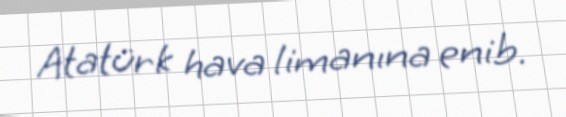
Atatürk hava limanına enib.